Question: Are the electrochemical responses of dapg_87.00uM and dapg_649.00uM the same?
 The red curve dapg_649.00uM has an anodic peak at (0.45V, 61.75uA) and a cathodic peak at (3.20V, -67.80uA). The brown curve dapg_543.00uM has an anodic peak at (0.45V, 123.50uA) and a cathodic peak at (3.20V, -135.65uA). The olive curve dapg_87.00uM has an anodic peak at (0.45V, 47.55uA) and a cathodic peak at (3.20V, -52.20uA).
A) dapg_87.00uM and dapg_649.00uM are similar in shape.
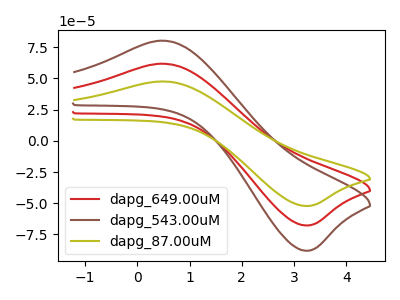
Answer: <think>All the peaks in "dapg_87.00uM" have a peak in "dapg_649.00uM" at the same potential. Every peak in "dapg_87.00uM" is lower than every peak in "dapg_649.00uM".
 </think>
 <answer>A) "dapg_87.00uM" and "dapg_649.00uM" are similar in shape.</answer>
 <eval>A</eval>